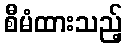
စီမံထားသည့်